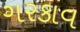
ગરકાવ